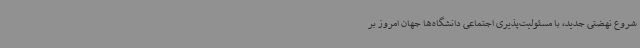
شروع نهضتی جدید، با مسئولیت‌پذیری اجتماعی دانشگاه‌ها جهان امروز بر